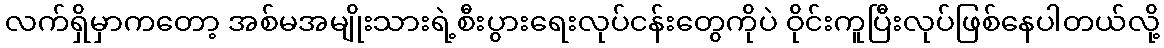
လက်ရှိမှာကတော့ အစ်မအမျိုးသားရဲ့စီးပွားရေးလုပ်ငန်းတွေကိုပဲ ဝိုင်းကူပြီးလုပ်ဖြစ်နေပါတယ်လို့